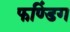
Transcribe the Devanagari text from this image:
फण्डिंग